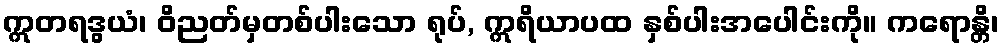
ဣတရဒွယံ၊ ဝိညတ်မှတစ်ပါးသော ရုပ်, ဣရိယာပထ နှစ်ပါးအပေါင်းကို။ ကရောန္တိ၊